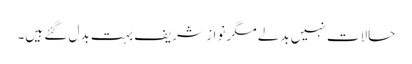
حالات نہیں بدلے مگر نواز شریف بہت بدل گئے ہیں۔